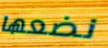
نضعها